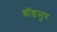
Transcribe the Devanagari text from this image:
ब्रॉडमूर